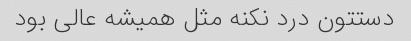
دستتون درد نکنه مثل همیشه عالی بود